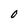
Character: 0